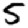
Digit: 5